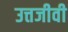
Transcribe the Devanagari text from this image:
उत्तजीवी